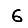
Digit: 6